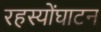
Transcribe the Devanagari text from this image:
रहस्योंघाटन